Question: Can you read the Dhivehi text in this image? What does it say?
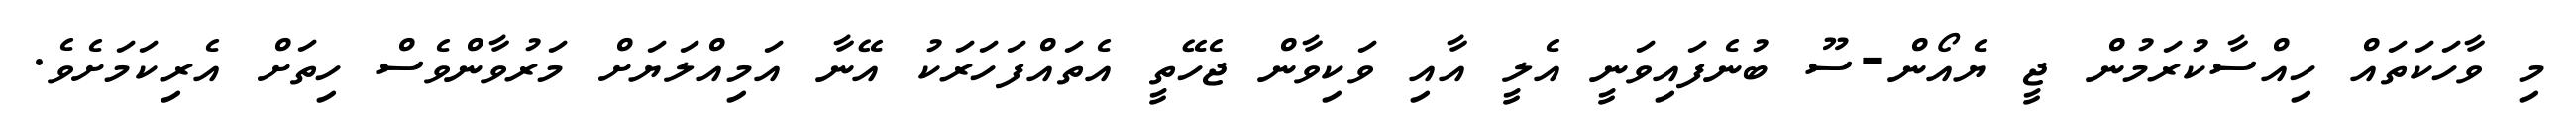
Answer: މި ވާހަކަތައް ހިއްސާކުރަމުން ޖީ ޔެއޯން-ސޫ ބުނެފައިވަނީ އެލީ އާއި ވަކިވާން ޖެހޭތީ އެތައްފަހަރަކު އޭނާ އަމިއްލަޔަށް މަރުވާންވެސް ހިތަށް އެރިކަމަށެވެ.